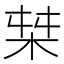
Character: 𱣎